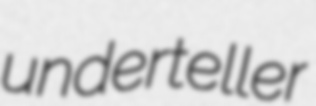
underteller